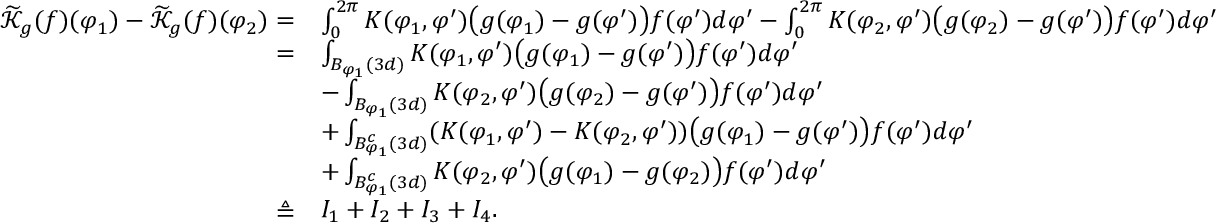
\begin{array} { r l } { \widetilde { \mathcal { K } } _ { g } ( f ) ( \varphi _ { 1 } ) - \widetilde { \mathcal { K } } _ { g } ( f ) ( \varphi _ { 2 } ) = } & { \int _ { 0 } ^ { 2 \pi } K ( \varphi _ { 1 } , \varphi ^ { \prime } ) \big ( g ( \varphi _ { 1 } ) - g ( \varphi ^ { \prime } ) \big ) f ( \varphi ^ { \prime } ) d \varphi ^ { \prime } - \int _ { 0 } ^ { 2 \pi } K ( \varphi _ { 2 } , \varphi ^ { \prime } ) \big ( g ( \varphi _ { 2 } ) - g ( \varphi ^ { \prime } ) \big ) f ( \varphi ^ { \prime } ) d \varphi ^ { \prime } } \\ { = } & { \int _ { B _ { \varphi _ { 1 } } ( 3 d ) } K ( \varphi _ { 1 } , \varphi ^ { \prime } ) \big ( g ( \varphi _ { 1 } ) - g ( \varphi ^ { \prime } ) \big ) f ( \varphi ^ { \prime } ) d \varphi ^ { \prime } } \\ & { - \int _ { B _ { \varphi _ { 1 } } ( 3 d ) } K ( \varphi _ { 2 } , \varphi ^ { \prime } ) \big ( g ( \varphi _ { 2 } ) - g ( \varphi ^ { \prime } ) \big ) f ( \varphi ^ { \prime } ) d \varphi ^ { \prime } } \\ & { + \int _ { B _ { \varphi _ { 1 } } ^ { c } ( 3 d ) } ( K ( \varphi _ { 1 } , \varphi ^ { \prime } ) - K ( \varphi _ { 2 } , \varphi ^ { \prime } ) ) \big ( g ( \varphi _ { 1 } ) - g ( \varphi ^ { \prime } ) \big ) f ( \varphi ^ { \prime } ) d \varphi ^ { \prime } } \\ & { + \int _ { B _ { \varphi _ { 1 } } ^ { c } ( 3 d ) } K ( \varphi _ { 2 } , \varphi ^ { \prime } ) \big ( g ( \varphi _ { 1 } ) - g ( \varphi _ { 2 } ) \big ) f ( \varphi ^ { \prime } ) d \varphi ^ { \prime } } \\ { \triangleq } & { I _ { 1 } + I _ { 2 } + I _ { 3 } + I _ { 4 } . } \end{array}